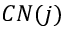
C N ( j )